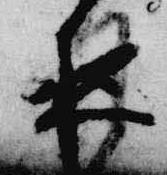
夜